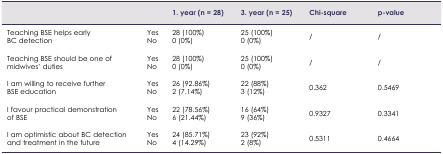
|  |  | 1. year (n = 28) | 3. year (n = 25) | Chi-square | p-value |
 | --- | --- | --- | --- | --- | --- |
 | <ROWSPAN=2> Teaching BSE helps early BC detection | Yes | 28 (100%) | 25 (100%) | <ROWSPAN=2> / | <ROWSPAN=2> / |
 | No | 0 (0%) | 0 (0%) |
 | <ROWSPAN=2> Teaching BSE should be one of midwives’ duties | Yes | 28 (100%) | 25 (100%) | <ROWSPAN=2> / | <ROWSPAN=2> / |
 | No | 0 (0%) | 0 (0%) |
 | <ROWSPAN=2> I am willing to receive further BSE education | Yes | 26 (92.86%) | 22 (88%) | <ROWSPAN=2> 0.362 | <ROWSPAN=2> 0.5469 |
 | No | 2 (7.14%) | 3 (12%) |
 | <ROWSPAN=2> I favour practical demonstration of BSE | Yes | 22 (78.56%) | 16 (64%) | <ROWSPAN=2> 0.9327 | <ROWSPAN=2> 0.3341 |
 | No | 6 (21.44%) | 9 (36%) |
 | <ROWSPAN=2> I am optimistic about BC detection and treatment in the future | Yes | 24 (85.71%) | 23 (92%) | <ROWSPAN=2> 0.5311 | <ROWSPAN=2> 0.4664 |
 | No | 4 (14.29%) | 2 (8%) |